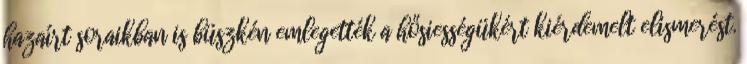
hazaírt soraikban is büszkén emlegették a hősiességükért kiérdemelt elismerést.